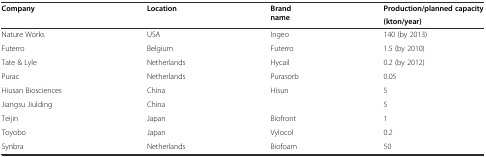
| Company | Location | Brand name | Production/planned capacity |
 |  |  |  | (kton/year) |
 | --- | --- | --- | --- |
 | Nature Works | USA | Ingeo | 140 (by 2013) |
 | Futerro | Belgium | Futerro | 1.5 (by 2010) |
 | Tate & Lyle | Netherlands | Hycail | 0.2 (by 2012) |
 | Purac | Netherlands | Purasorb | 0.05 |
 | Hiusan Biosciences | China | Hisun | 5 |
 | Jiangsu Jiulding | China |  | 5 |
 | Teijin | Japan | Biofront | 1 |
 | Toyobo | Japan | Vylocol | 0.2 |
 | Synbra | Netherlands | Biofoam | 50 |